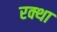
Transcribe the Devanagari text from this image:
रक्था